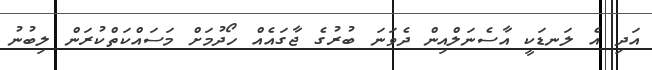
އަދި އެ ލަނޑަކީ އާސެނަލްއިން ދެވަނަ ބުރުގެ ޖާގައެއް ހޯދުމަށް މަސައްކަތްކުރަން ލިބުނު